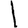
Digit: 1